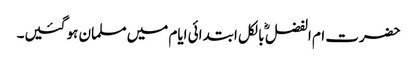
حضرت ام الفضل ؓ بالکل ابتدائی ایام میں مسلمان ہو گئیں۔